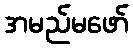
အမည်မဖော်